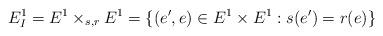
LaTeX: \begin{align*} E_I^1 = E^1 \times_{s,r} E^1 = \{ (e',e) \in E^1\times E^1 : s(e') = r(e) \}\end{align*}